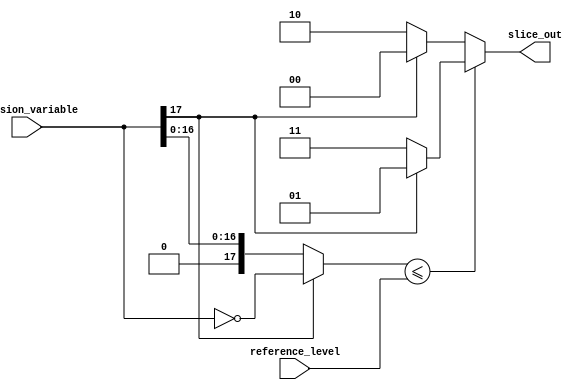
module slicer#(
    parameter   DATA_WIDTH = 18 // DATA WIDTH
)(
    input wire signed [DATA_WIDTH-1:0] reference_level, decision_variable,
    output reg [1:0] slice_out
);

reg signed [17:0] absolute_decision_variable;
// absolute value
always @ *
    if(decision_variable[DATA_WIDTH-1] == 1'b1)
        absolute_decision_variable = ~ decision_variable;
    else
        absolute_decision_variable = decision_variable;




always @ *
    if(absolute_decision_variable <= reference_level)
        if(decision_variable[DATA_WIDTH-1]) // NEGATIVE
            slice_out = 2'b01; //-b
        else
            slice_out = 2'b11; // b
    
    else
        if(decision_variable[DATA_WIDTH-1]) //NEGATIVE
            slice_out = 2'b00; // -3b
        else
            slice_out = 2'b10; // 3b


endmodule